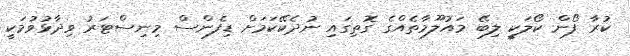
ކުރާ ފޯން ކޯލަކީ ލިބޭ މައުލޫމާތެއްގެ ގޮތިގައި ނުދެކޭކަމަށް ޑިފެންސް މިނިސްޓަރު ވިދާޅުވުމަކީ